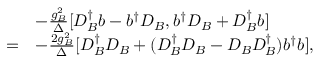
\begin{array} { r l } & { - \frac { g _ { B } ^ { 2 } } { \Delta } [ D _ { B } ^ { \dagger } b - b ^ { \dagger } D _ { B } , b ^ { \dagger } D _ { B } + D _ { B } ^ { \dagger } b ] } \\ { = } & { - \frac { 2 g _ { B } ^ { 2 } } { \Delta } [ D _ { B } ^ { \dagger } D _ { B } + ( D _ { B } ^ { \dagger } D _ { B } - D _ { B } D _ { B } ^ { \dagger } ) b ^ { \dagger } b ] , } \end{array}